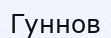
Гуннов